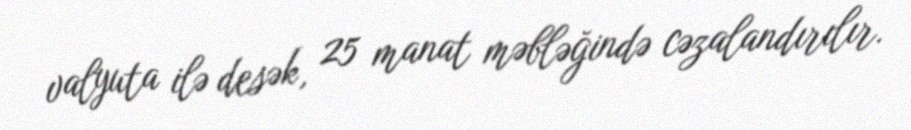
valyuta ilə desək, 25 manat məbləğində cəzalandırılır.